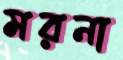
মরনা